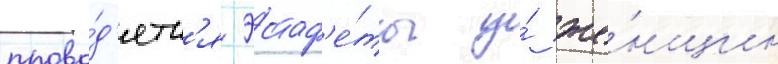
прово́д'ятс'я эстаф'е́ты у́ же́нщин